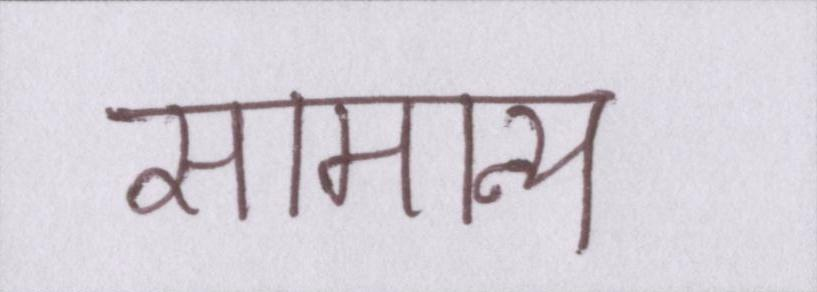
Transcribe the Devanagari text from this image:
सामान्य